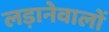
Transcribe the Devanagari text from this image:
लड़ानेवालों